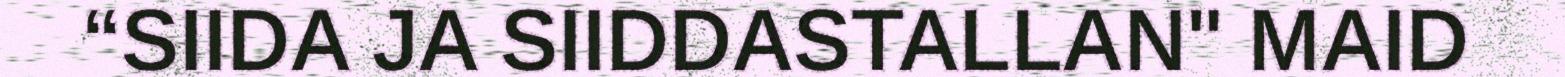
“SIIDA JA SIIDDASTALLAN" MAID